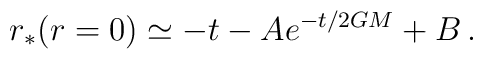
r_*(r=0)\simeq-t-Ae^{-t/2GM}+B\,.